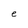
Character: e